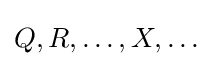
Q,R,\ldots ,X,\ldots